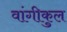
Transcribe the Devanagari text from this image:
वांगीकुल